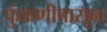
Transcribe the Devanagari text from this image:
फुंकणीपासून